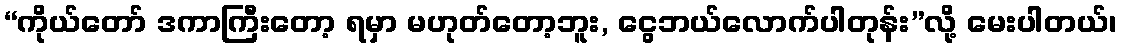
“ကိုယ်တော် ဒကာကြီးတော့ ရမှာ မဟုတ်တော့ဘူး, ငွေဘယ်လောက်ပါတုန်း”လို့ မေးပါတယ်၊